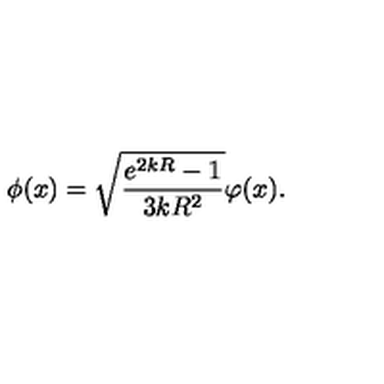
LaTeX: \phi ( x ) = \sqrt { \frac { e ^ { 2 k R } - 1 } { 3 k R ^ { 2 } } } \varphi ( x ) .